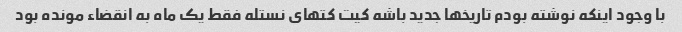
با وجود اینکه نوشته بودم تاریخها جدید باشه کیت کتهای نستله فقط یک ماه به انقضاء مونده بود